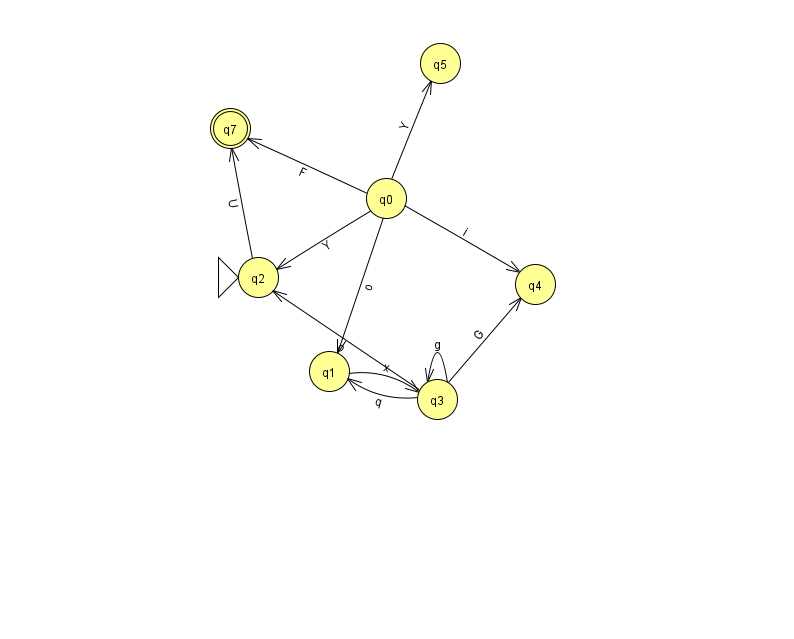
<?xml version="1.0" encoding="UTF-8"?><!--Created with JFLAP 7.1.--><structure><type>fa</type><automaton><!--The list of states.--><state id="0" name="q0"><x>386.0</x><y>185.0</y></state><state id="1" name="q1"><x>329.0</x><y>358.0</y></state><state id="2" name="q2"><x>258.0</x><y>264.0</y><initial/></state><state id="3" name="q3"><x>437.0</x><y>386.0</y></state><state id="4" name="q4"><x>535.0</x><y>271.0</y></state><state id="5" name="q5"><x>440.0</x><y>50.0</y></state><state id="7" name="q7"><x>230.0</x><y>115.0</y><final/></state><!--The list of transitions.--><transition><from>1</from><to>3</to><read>x</read></transition><transition><from>3</from><to>2</to><read>o</read></transition><transition><from>0</from><to>1</to><read>o</read></transition><transition><from>0</from><to>2</to><read>Y</read></transition><transition><from>0</from><to>5</to><read>Y</read></transition><transition><from>0</from><to>7</to><read>F</read></transition><transition><from>3</from><to>3</to><read>g</read></transition><transition><from>3</from><to>4</to><read>G</read></transition><transition><from>3</from><to>1</to><read>q</read></transition><transition><from>2</from><to>7</to><read>U</read></transition><transition><from>0</from><to>4</to><read>i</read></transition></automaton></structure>